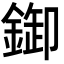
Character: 𨨶